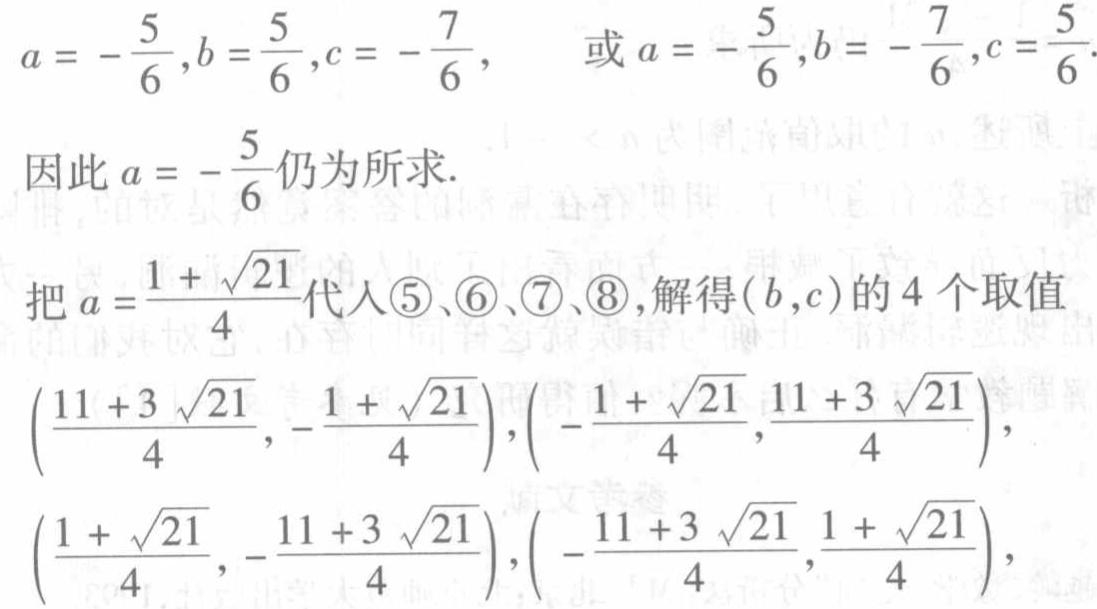
\(a = -\frac{5}{6},b=\frac{5}{6},c = -\frac{7}{6},\) 或 \(a = -\frac{5}{6},b = -\frac{7}{6},c=\frac{5}{6}.\)
因此 \(a = -\frac{5}{6}\)仍为所求.

把 \(a =\frac{1 + \sqrt{21}}{4}\)代入\textcircled{5}、\textcircled{6}、\textcircled{7}、\textcircled{8}, 解得\((b,c)\)的4个取值
\((\frac{11 + 3\sqrt{21}}{4},-\frac{1 + \sqrt{21}}{4}),(-\frac{1 + \sqrt{21}}{4},\frac{11 + 3\sqrt{21}}{4}),\)
\((\frac{1 + \sqrt{21}}{4},-\frac{11 + 3\sqrt{21}}{4}),(-\frac{11 + 3\sqrt{21}}{4},\frac{1 + \sqrt{21}}{4}),\)